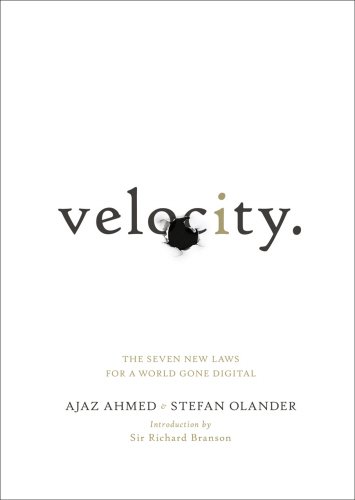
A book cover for Velocity: The Seven New Laws for a World Gone Digital; Ajaz Ahmed; Law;